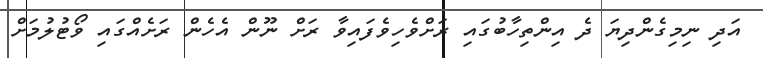
އަދި ނިމިގެންދިޔަ ދެ އިންތިހާބުގައި ރަށްވެހިވެފައިވާ ރަށް ނޫން އެހެން ރަށެއްގައި ވޯޓުލުމަށް